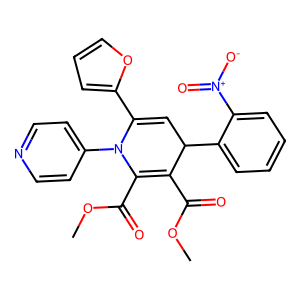
SMILES: COC(=O)C1=C(C(=O)OC)N(c2ccncc2)C(c2ccco2)=CC1c1ccccc1[N+](=O)[O-]
Inhibits HIV replication: No